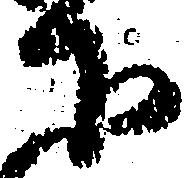
下